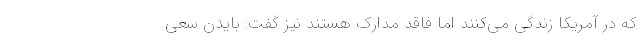
که در آمریکا زندگی می‌کنند اما فاقد مدارک هستند نیز گفت: بایدن سعی